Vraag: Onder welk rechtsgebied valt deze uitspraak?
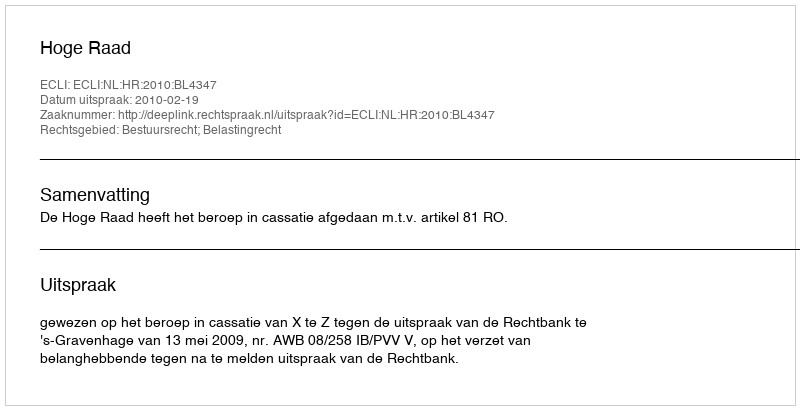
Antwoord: Bestuursrecht; Belastingrecht